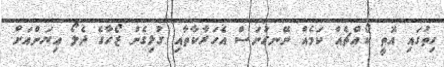
ހިތުގައި އޮތީ ކޯއްޗެއް ކަމެއް ނޭނގުނަސް އެހަރާކާތާއި ގުޅިގެން ޒޯހާގެ ދެލޯ އިޔަންއަށް